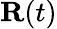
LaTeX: \mathbf{R}(t)